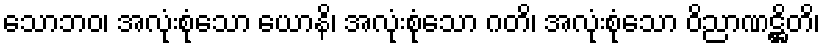
သောဘဝ၊ အလုံးစုံသော ယောနိ၊ အလုံးစုံသော ဂတိ၊ အလုံးစုံသော ဝိညာဏဋ္ဌိတိ၊